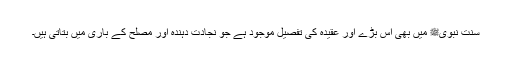
سنت نبویﷺ میں بھی اس بڑے اور عقیدہ کی تفصیل موجود ہے جو نجادت دہندہ اور مصلح کے باری میں بتاتی ہیں۔